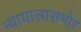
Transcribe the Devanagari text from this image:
न्यायालासमोर